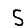
Digit: 5